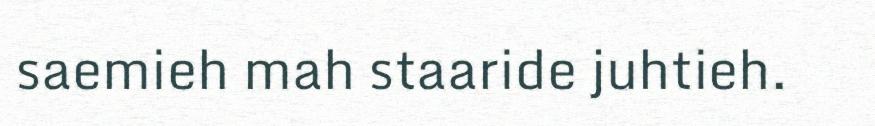
saemieh mah staaride juhtieh.